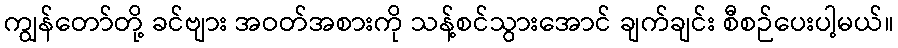
ကျွန်တော်တို့ ခင်ဗျား အဝတ်အစားကို သန့်စင်သွားအောင် ချက်ချင်း စီစဉ်ပေးပါ့မယ်။